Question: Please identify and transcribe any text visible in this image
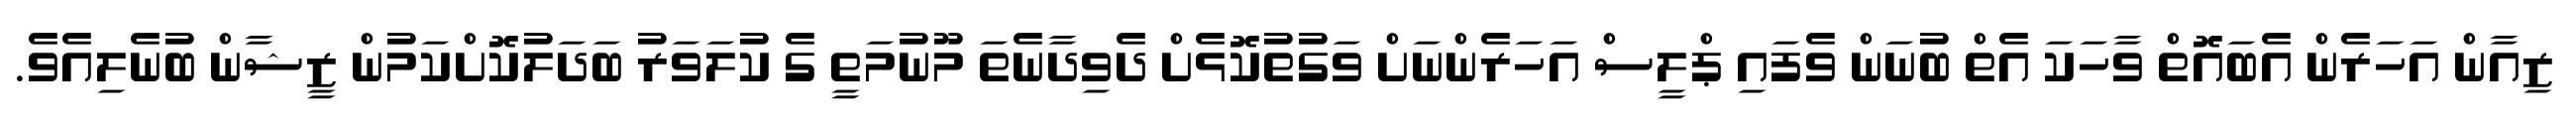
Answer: ޒިއާން އަހަރެން އެބައޮތް ވާހަކަ އެތް ބުނަން ވެފައި ޕްލީސް އަހަރެންނަށް ވަގުތުކޮޅެށް ދެވިދާނެތަ މޫނުމަތީ ގެ ކުލަވަރު ބަދަލުކޮށްކަމުން ޒީޝާން ބުނެލިއެވެ.